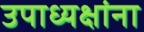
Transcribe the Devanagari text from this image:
उपाध्यक्षांना